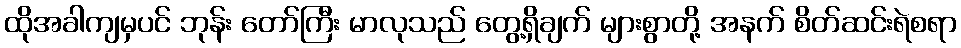
ထိုအခါကျမှပင် ဘုန်း တော်ကြီး မာလုသည် တွေ့ရှိချက် များစွာတို့ အနက် စိတ်ဆင်းရဲစရာ